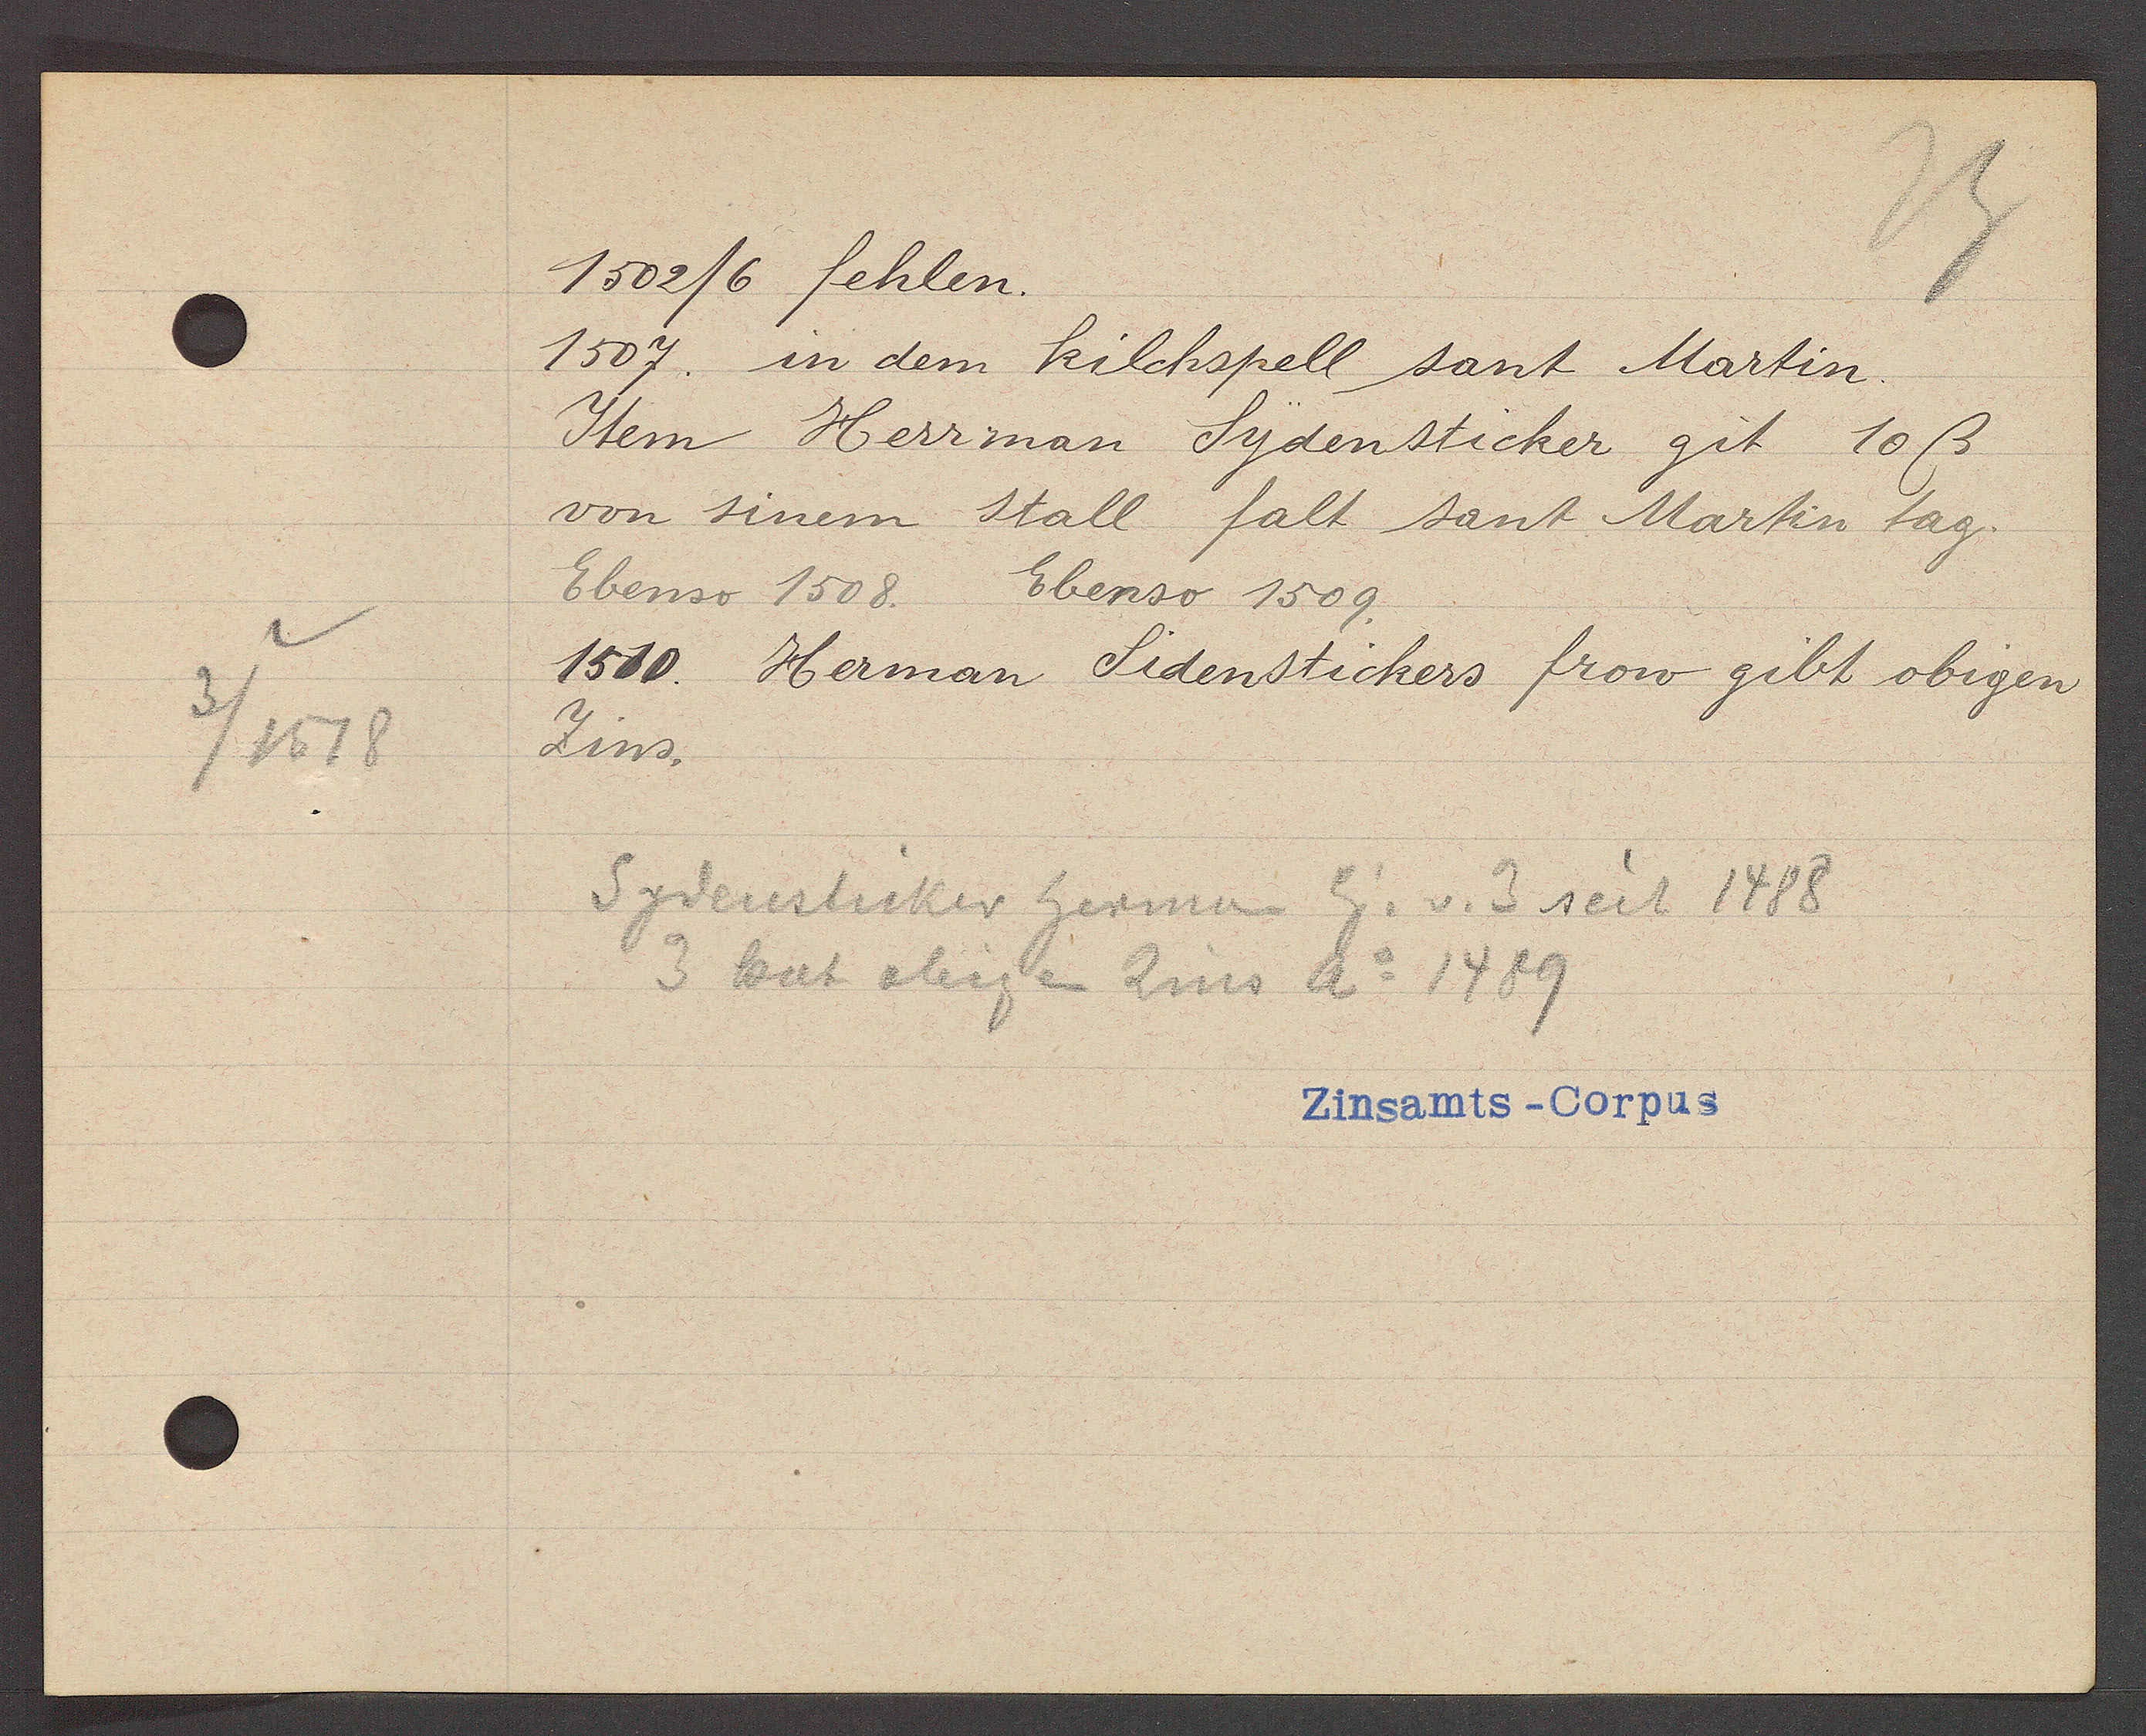
Transcript:
3/1518

1502/6 fehlen
1507 in dem kilchspell sant Martin
Item Herrman Sydensticker git 10ß
von sinem stall falt sant Martin tag.
Ebenso 1508. Ebenso 1509.
1510 Herman Sidenstickers frow gibt obigen
Zins.
Sydensticker herman Eig. v. 3 seit 1488
3 hat obigen Zins Ao 1489